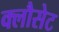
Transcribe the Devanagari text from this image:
क्लौसेट